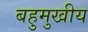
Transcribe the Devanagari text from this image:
बहुमुखीय